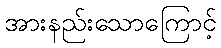
အားနည်းသောကြောင့်